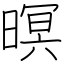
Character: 暝